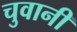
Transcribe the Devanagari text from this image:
चुवानी